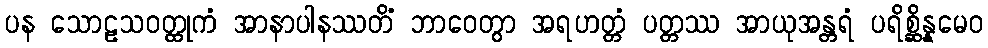
ပန သောဠသဝတ္ထုကံ အာနာပါနဿတိံ ဘာဝေတွာ အရဟတ္တံ ပတ္တဿ အာယုအန္တရံ ပရိစ္ဆိန္နမေဝ